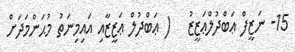
15- ނަޒީފް ޢަބްދުލްޢަޒީޒު   ( ޢަބްދުލް ޢަޒީޒާއި އައިމިނަތު މުޙަންމަދަށް